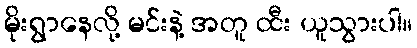
မိုးရွာနေလို့ မင်းနဲ့ အတူ ထီး ယူသွားပါ။